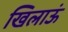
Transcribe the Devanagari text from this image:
खिलाऊं